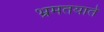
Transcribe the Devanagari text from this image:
भ्रमतयाते